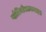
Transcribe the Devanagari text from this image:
प्लेटिनोसायनाइड